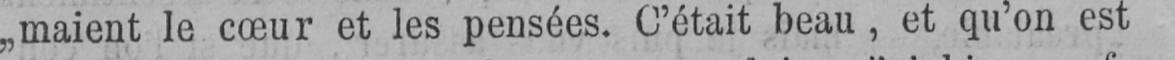
„maient le cœur et les pensées. C’était beau, et qu’on est